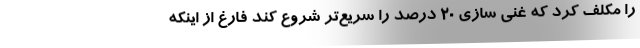
را مکلف کرد که غنی سازی ۲۰ درصد را سریع‌تر شروع کند فارغ از اینکه